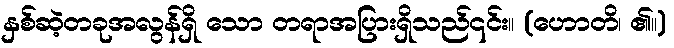
နှစ်ဆဲ့တခုအလွန်ရှိ သော တရာအပြားရှိသည်၎င်း။ (ဟောတိ၊ ၏။)